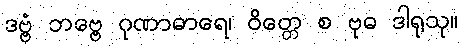
ဒဗ္ဗံ ဘဗ္ဗေ ဂုဏာဓာရေ၊ ဝိတ္တေ စ ဗုဓ ဒါရုသု။